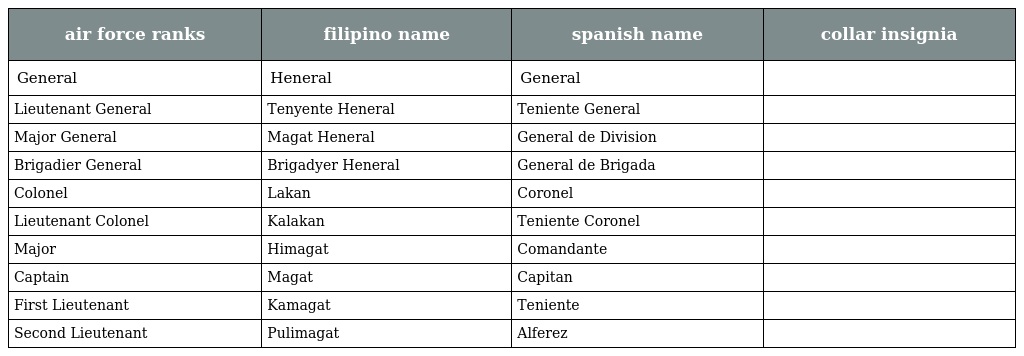
| air force ranks | filipino name | spanish name | collar insignia |
 | --- | --- | --- | --- |
 | General | Heneral | General |  |
 | Lieutenant General | Tenyente Heneral | Teniente General |  |
 | Major General | Magat Heneral | General de Division |  |
 | Brigadier General | Brigadyer Heneral | General de Brigada |  |
 | Colonel | Lakan | Coronel |  |
 | Lieutenant Colonel | Kalakan | Teniente Coronel |  |
 | Major | Himagat | Comandante |  |
 | Captain | Magat | Capitan |  |
 | First Lieutenant | Kamagat | Teniente |  |
 | Second Lieutenant | Pulimagat | Alferez |  |